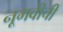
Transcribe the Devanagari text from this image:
नूमवीची